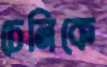
চেনিকে